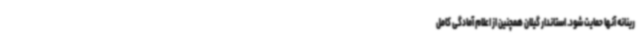
رینانه آنها حمایت شود. استاندار گیلان همچنین از اعلام آمادگی کامل